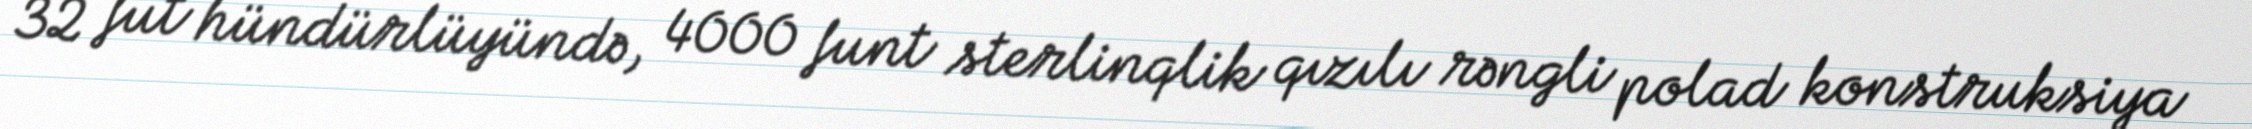
32 fut hündürlüyündə, 4000 funt sterlinqlik qızılı rəngli polad konstruksiya